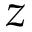
z